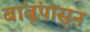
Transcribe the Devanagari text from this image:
बांबूंपासून